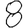
Digit: 8